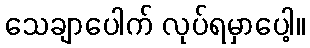
သေချာပေါက် လုပ်ရမှာပေါ့။